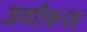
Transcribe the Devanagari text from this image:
अमरीकनस